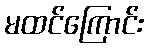
မထင်ကြောင်း